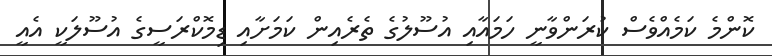
ކޮންމެ ކަމެއްވެސް ކުރަންވާނީ ހަމައާއި އުސޫލުގެ ތެރެއިން ކަމަށާއި ޑިމޮކްރަސީގެ އުސޫލަކީ އެއީ